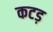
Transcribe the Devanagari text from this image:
कटड़